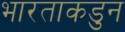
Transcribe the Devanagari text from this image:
भारताकडुन